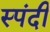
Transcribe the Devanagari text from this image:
स्पंदी